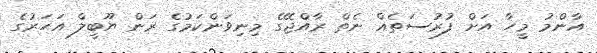
އާންމު މީހާ އަށް ފުރުސަތެއް ނެތް ރާއްޖޭގެ މިނިވަންކަމުގެ ރަން ޔޫބީލް އަހަރުގެ